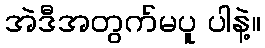
အဲဒီအတွက်မပူ ပါနဲ့။